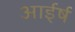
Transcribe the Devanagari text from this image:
आईर्ष